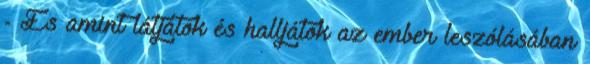
- És amint látjátok és halljátok az ember leszólásában